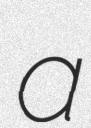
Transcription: a